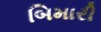
બિમારી